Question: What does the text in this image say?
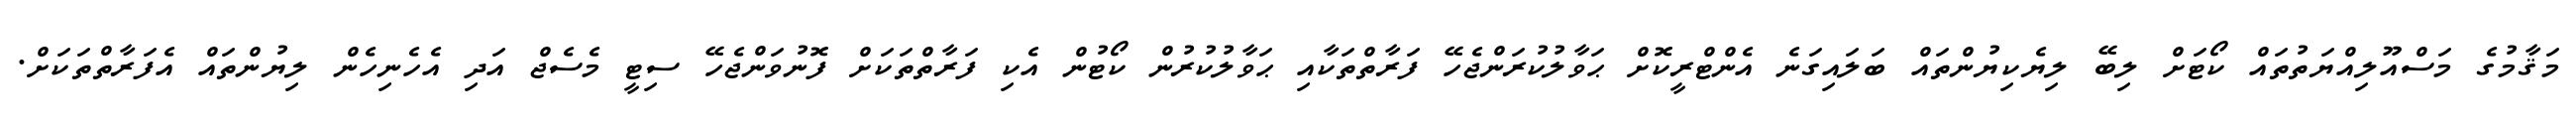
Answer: މަޤާމުގެ މަސްއޫލިއްޔަތުތައް ކޯޓަށް ލިބޭ ލިޔެކިޔުންތައް ބަލައިގަނެ އެންޓްރީކޮށް ޙަވާލުކުރަންޖެހޭ ފަރާތްތަކާއި ޙަވާލުކުރުން ކޯޓުން އެކި ފަރާތްތަކަށް ފޮނުވަންޖެހޭ ސިޓީ މެސެޖް އަދި އެހެނިހެން ލިޔުންތައް އެފަރާތްތަކަށް.